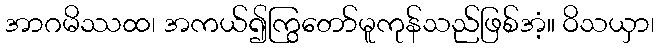
အာဂမိဿထ၊ အကယ်၍ကြွတော်မူကုန်သည်ဖြစ်အံ့။ ဝိသယှာ၊